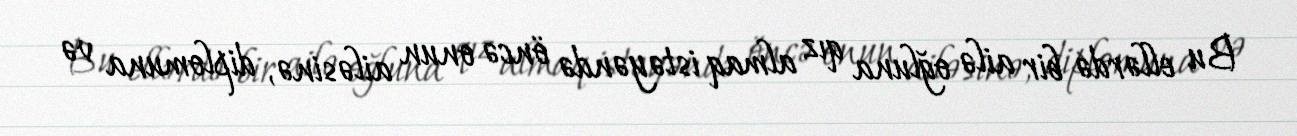
Bu ellərdə bir ailə oğluna qız almaq istəyəndə öncə onun ailəsinə, diplomuna və